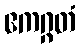
ဧကဂ္ဂတံ